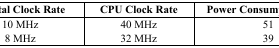
| Crystal Clock Rate | CPU Clock Rate | Power Consumption (mA) |
 | --- | --- | --- |
 | 10 MHz | 40 MHz | 51 |
 | 8 MHz | 32 MHz | 39 |